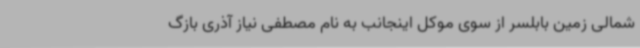
شمالی زمین بابلسر از سوی موکل اینجانب به نام مصطفی نیاز آذری بازگ